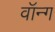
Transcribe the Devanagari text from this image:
वॉन्ग